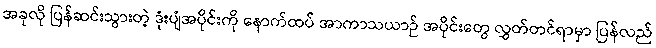
အခုလို ပြန်ဆင်းသွားတဲ့ ဒုံးပျံအပိုင်းကို နောက်ထပ် အာကာသယာဉ် အပိုင်းတွေ လွှတ်တင်ရာမှာ ပြန်လည်